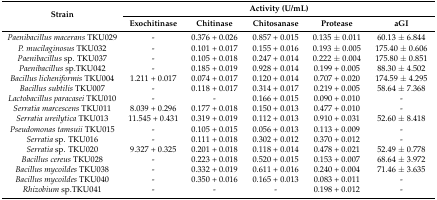
<table><thead><tr><td rowspan="2"><b>Strain</b></td><td colspan="5"><b>Activity (U/mL)</b></td></tr><tr><td><b>Exochitinase</b></td><td><b>Chitinase</b></td><td><b>Chitosanase</b></td><td><b>Protease</b></td><td><b>aGI</b></td></tr></thead><tbody><tr><td><i>Paenibacillus macerans</i> TKU029</td><td>-</td><td>0.376 + 0.026</td><td>0.857 + 0.015</td><td>0.135 ± 0.011</td><td>60.13 ± 6.844</td></tr><tr><td><i>P. mucilaginosus</i> TKU032</td><td>-</td><td>0.101 + 0.017</td><td>0.155 + 0.016</td><td>0.193 ± 0.005</td><td>175.40 ± 0.606</td></tr><tr><td><i>Paenibacillus</i> sp. TKU037</td><td>-</td><td>0.105 + 0.018</td><td>0.247 + 0.014</td><td>0.222 ± 0.004</td><td>175.80 ± 0.851</td></tr><tr><td><i>Paenibacillus</i> sp.TKU042</td><td>-</td><td>0.185 + 0.019</td><td>0.928 + 0.014</td><td>0.199 + 0.005</td><td>88.30 ± 4.502</td></tr><tr><td><i>Bacillus licheniformis</i> TKU004</td><td>1.211 + 0.017</td><td>0.074 + 0.017</td><td>0.120 + 0.014</td><td>0.707 + 0.020</td><td>174.59 ± 4.295</td></tr><tr><td><i>Bacillus subtilis</i> TKU007</td><td>-</td><td>0.118 + 0.017</td><td>0.314 + 0.017</td><td>0.219 + 0.005</td><td>58.64 ± 7.368</td></tr><tr><td><i>Lactobacillus paracasei</i> TKU010</td><td>-</td><td>-</td><td>0.166 + 0.015</td><td>0.090 + 0.010</td><td>-</td></tr><tr><td><i>Serratia marcescens</i> TKU011</td><td>8.039 + 0.296</td><td>0.177 + 0.018</td><td>0.150 + 0.013</td><td>0.477 + 0.010</td><td>-</td></tr><tr><td><i>Serratia ureilytica</i> TKU013</td><td>11.545 + 0.431</td><td>0.319 + 0.019</td><td>0.112 + 0.013</td><td>0.910 + 0.031</td><td>52.60 ± 8.418</td></tr><tr><td><i>Pseudomonas tamsuii</i> TKU015</td><td>-</td><td>0.105 + 0.015</td><td>0.056 + 0.013</td><td>0.113 + 0.009</td><td>-</td></tr><tr><td><i>Serratia</i> sp. TKU016</td><td>-</td><td>0.111 + 0.018</td><td>0.302 + 0.012</td><td>0.370 + 0.012</td><td>-</td></tr><tr><td><i>Serratia</i> sp. TKU020</td><td>9.327 + 0.325</td><td>0.201 + 0.018</td><td>0.118 + 0.014</td><td>0.478 + 0.021</td><td>52.49 ± 0.778</td></tr><tr><td><i>Bacillus cereus</i> TKU028</td><td>-</td><td>0.223 + 0.018</td><td>0.520 + 0.015</td><td>0.153 + 0.007</td><td>68.64 ± 3.972</td></tr><tr><td><i>Bacillus mycoildes</i> TKU038</td><td>-</td><td>0.332 + 0.019</td><td>0.611 + 0.016</td><td>0.240 + 0.004</td><td>71.46 ± 3.635</td></tr><tr><td><i>Bacillus mycoildes</i> TKU040</td><td>-</td><td>0.350 + 0.016</td><td>0.165 + 0.013</td><td>0.083 + 0.011</td><td>-</td></tr><tr><td><i>Rhizobium</i> sp.TKU041</td><td>-</td><td>-</td><td>-</td><td>0.198 + 0.012</td><td>-</td></tr></tbody></table>